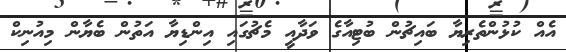
އެއް ކުޅުންތެރިޔާ ބައިޗުން ބުޓިއާގެ ވަދާއީ މެޗުގައި އިންޑިޔާ އަތުން ބެޔާން މިއުނިކް